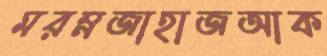
মরম্নজাহাজআক